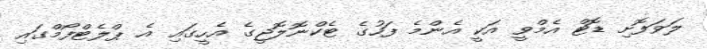
ލަވަފޮށި ޑޮޓް އެމްވީ އަކީ އެންމެ ފަހުގެ ޓެކްނޮލޮޖީގެ އެހީގައި އެ ޕްލެޓްފޯމްގައި